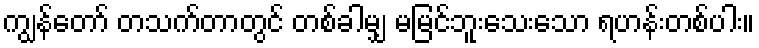
ကျွန်တော် တသက်တာတွင် တစ်ခါမျှ မမြင်ဘူးသေးသော ရဟန်းတစ်ပါး။